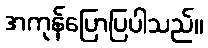
အကုန်ပြောပြပါသည်။